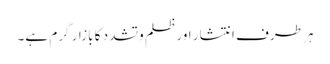
ہر طرف انتشار اور ظلم و تشدد کا بازار گرم ہے۔